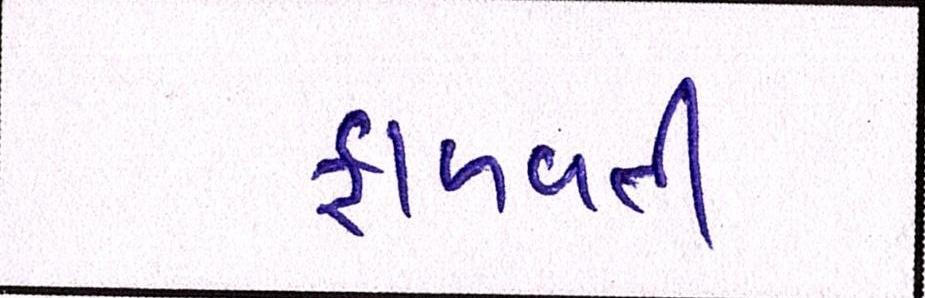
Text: ફાળવતી